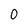
Character: 0